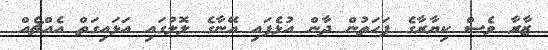
ޒާރާ ވެސް ކިޔާރާގެ ފަހަތުން ދާން އުޅެފައި އޭނާގެ ލޮލުގައި އަޅައިގަތް އެއްޗެއް